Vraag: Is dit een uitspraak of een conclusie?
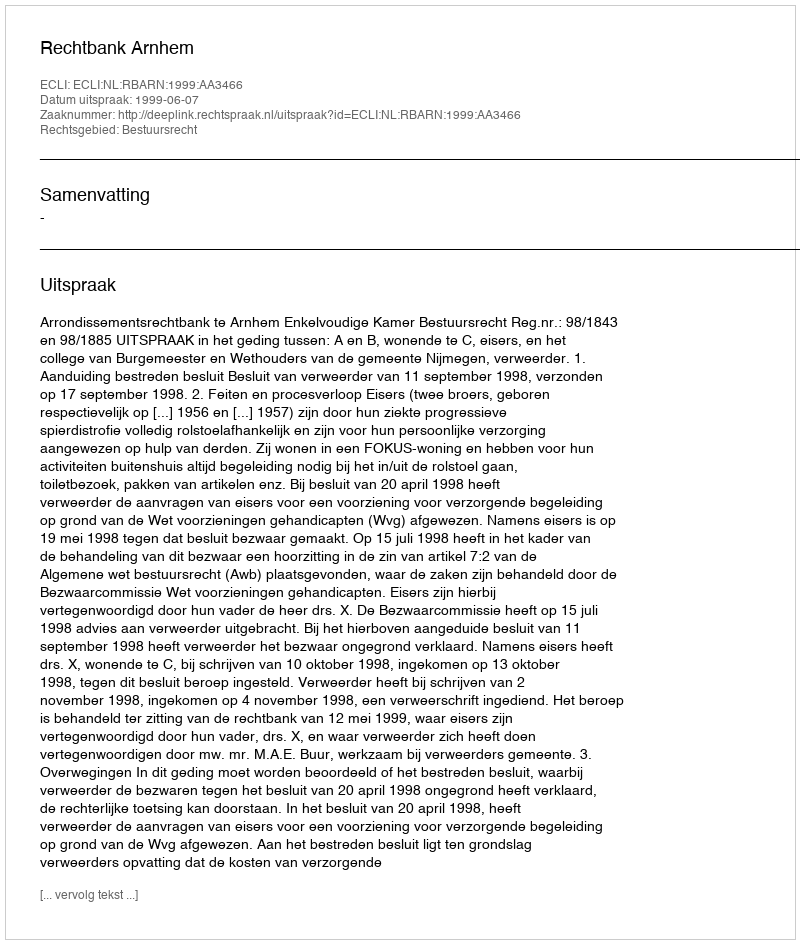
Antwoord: Uitspraak